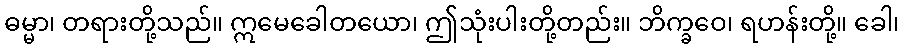
ဓမ္မာ၊ တရားတို့သည်။ ဣမေခေါတယော၊ ဤသုံးပါးတို့တည်း။ ဘိက္ခဝေ၊ ရဟန်းတို့။ ခေါ၊